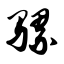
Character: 骡